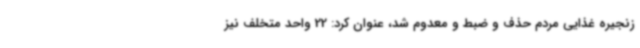
زنجیره غذایی مردم حذف و ضبط و معدوم شد، عنوان کرد: 22 واحد متخلف نیز